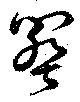
闋